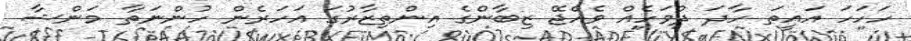
ހަހަހަ އައީތަ ހާދަ ދުވަހެއް ވެއްޖޭ ޒިބާންގެ އިންތިޒާރުގަ އަހަރެން ހުންނަތާ މަންޝާ